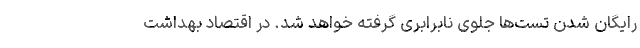
رایگان شدن تست‌ها جلوی نابرابری گرفته خواهد شد. در اقتصاد بهداشت